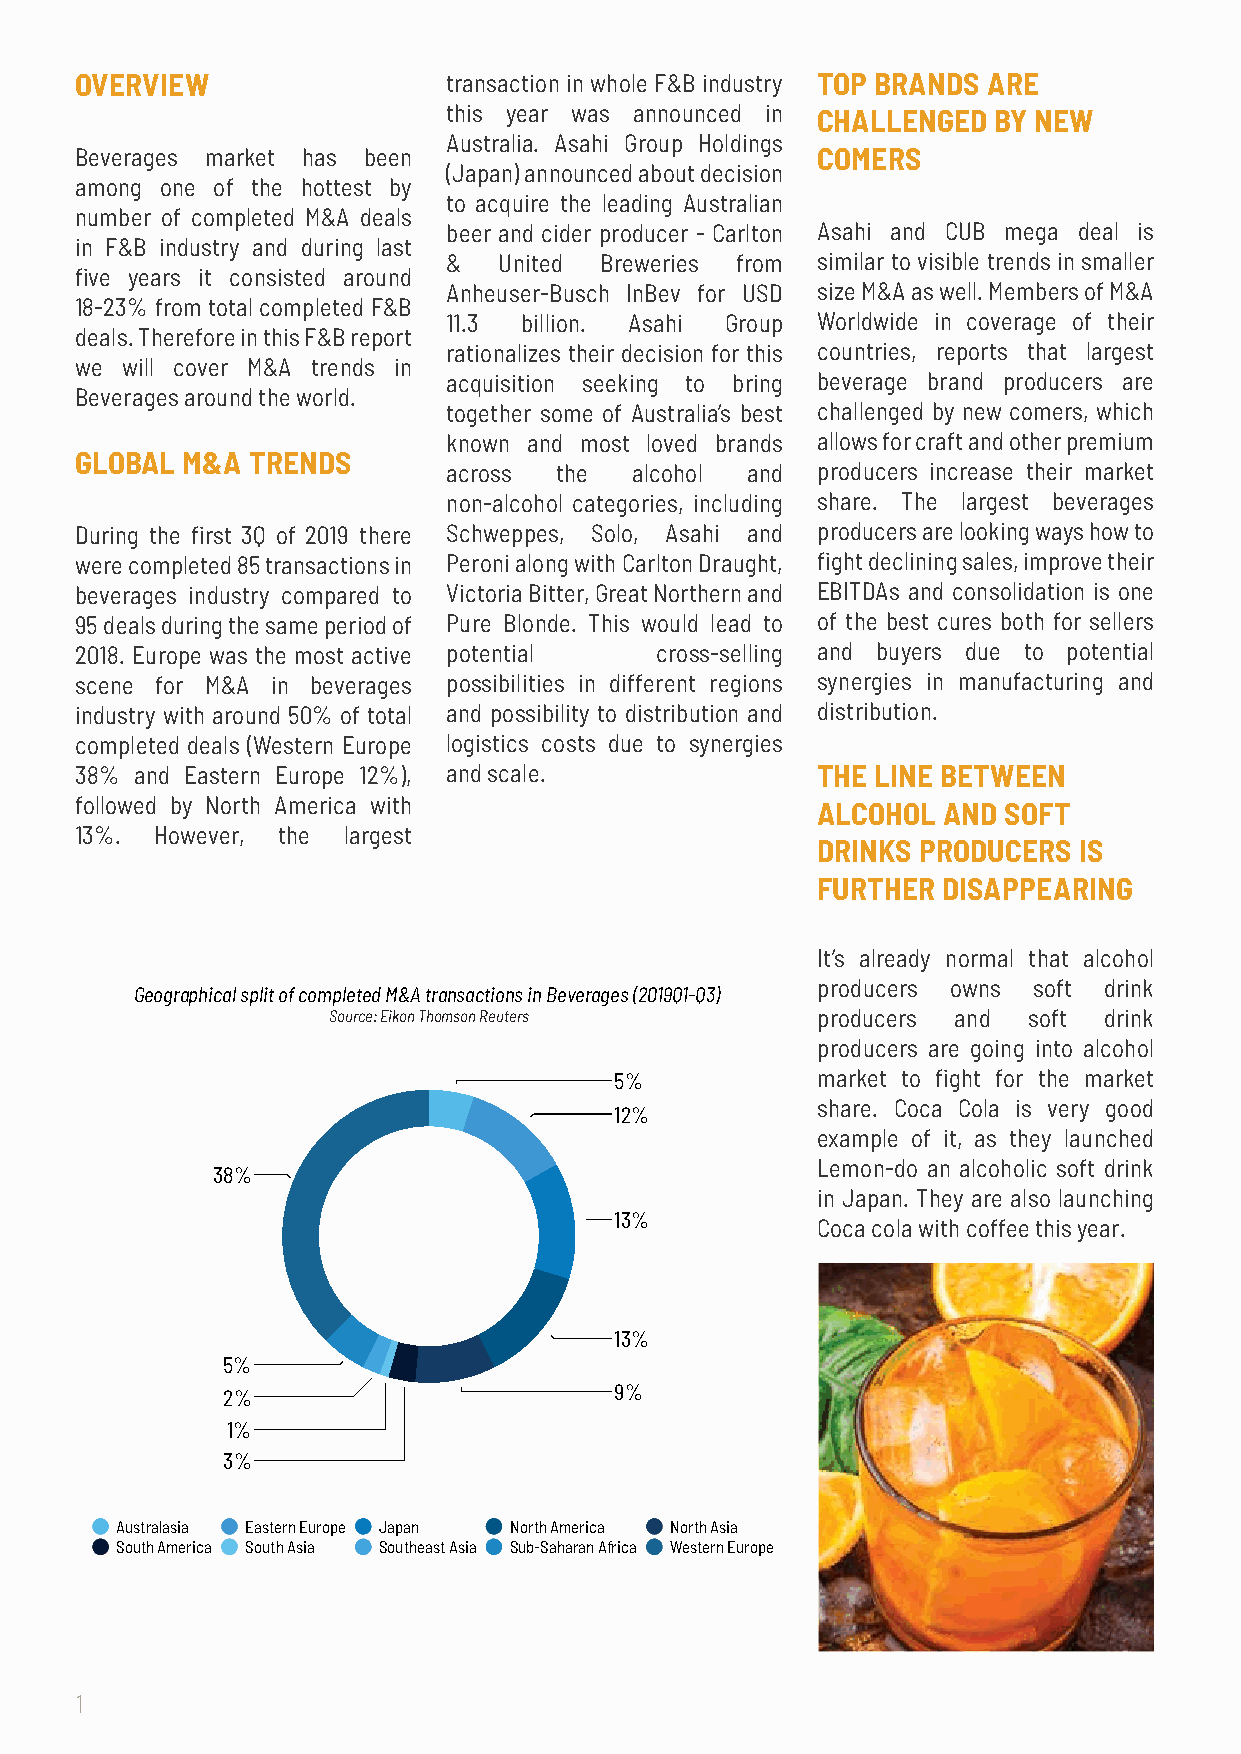
OVERVIEW                 transaction in whole F&B industry TOP BRANDS ARE
 this year was announced in CHALLENGED BY NEW
 Australia. Asahi Group Holdings
 Beverages market has been                        COMERS
 (Japan) announced about decision
 among one of the hottest by
 to acquire the leading Australian
 number of completed M&A deals
 beer and cider producer - Carlton Asahi and CUB mega deal is
 in F&B industry and during last
 &  United Breweries from similar to visible trends in smaller
 five years it consisted around
 Anheuser-Busch InBev for USD size M&A as well. Members of M&A
 18-23% from total completed F&B
 11.3 billion. Asahi Group Worldwide in coverage of their
 deals. Therefore in this F&B report
 rationalizes their decision for this countries, reports that largest
 we will cover M&A trends in
 acquisition seeking to bring beverage brand producers are
 Beverages around the world.
 together some of Australia’s best challenged by new comers, which
 known and most loved brands allows for craft and other premium
 GLOBAL M&A TRENDS
 across the  alcohol and producers increase their market
 non-alcohol categories, including share. The largest beverages
 During the first 3Q of 2019 there Schweppes, Solo, Asahi and producers are looking ways how to
 were completed 85 transactions in Peroni along with Carlton Draught, fight declining sales, improve their
 beverages industry compared to Victoria Bitter, Great Northern and EBITDAs and consolidation is one
 95 deals during the same period of Pure Blonde. This would lead to of the best cures both for sellers
 2018. Europe was the most active potential cross-selling and buyers due to potential
 scene for M&A in beverages possibilities in different regions synergies in manufacturing and
 industry with around 50% of total and possibility to distribution and distribution.
 completed deals (Western Europe logistics costs due to synergies
 38% and Eastern Europe 12%), and scale.          THE LINE BETWEEN
 followed by North America with
 ALCOHOL AND SOFT
 13%. However, the largest
 DRINKS PRODUCERS IS
 FURTHER DISAPPEARING
 It’s already normal that alcohol
 producers owns soft drink
 Geographical split of completed M&A transactions in Beverages (2019Q1-Q3)
 Source: Eikon Thomson Reuters   producers and soft drink
 producers are going into alcohol
 5%           market to fight for the market
 share. Coca Cola is very good
 12%
 example of it, as they launched
 Lemon-do an alcoholic soft drink
 38%
 in Japan. They are also launching
 13%
 Coca cola with coffee this year.
 13%
 5%
 2%                        9%
 1%
 3%
 Australasia Eastern Europe Japan North America North Asia
 South America South Asia Southeast Asia Sub-Saharan Africa Western Europe
 1